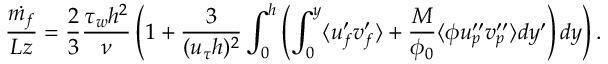
\frac { \dot { m _ { f } } } { L z } = \frac { 2 } { 3 } \frac { \tau _ { w } h ^ { 2 } } { \nu } \left( 1 + \frac { 3 } { ( u _ { \tau } h ) ^ { 2 } } \int _ { 0 } ^ { h } \left( \int _ { 0 } ^ { y } \langle u _ { f } ^ { \prime } v _ { f } ^ { \prime } \rangle + \frac { M } { \phi _ { 0 } } \langle \phi u _ { p } ^ { \prime \prime } v _ { p } ^ { \prime \prime } \rangle d y ^ { \prime } \right) d y \right) .